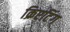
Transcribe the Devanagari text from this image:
क्रिएटिंग